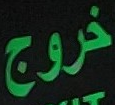
خروج